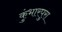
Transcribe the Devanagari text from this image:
कुंभारपुरा